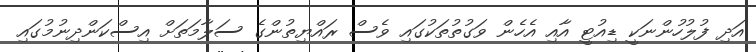
އަދި ފުލުހުންނަކީ ޑިއުޓީ އާއި އެހެން ވަގުތުތަކުގައި ވެސް ރައްޔިތުންގެ ސަލާމަތަށް އިސްކަންދިނުމުގައި